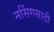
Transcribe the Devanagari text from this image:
नर्सिगसाठी